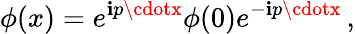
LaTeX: \phi(x)=e^{\mathbf{i}p\cdotx}\phi(0)e^{-\mathbf{i}p\cdotx}\, ,